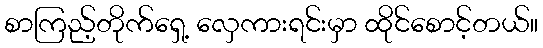
စာကြည့်တိုက်ရှေ့ လှေကားရင်းမှာ ထိုင်စောင့်တယ်။